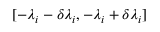
[ - \lambda _ { i } - \delta \lambda _ { i } , - \lambda _ { i } + \delta \lambda _ { i } ]